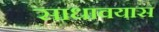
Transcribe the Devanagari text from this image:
साधावयास